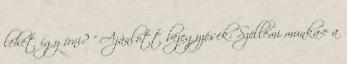
lehet így írni? " Ajánlott bejegyzések: Szellemi munka-e a